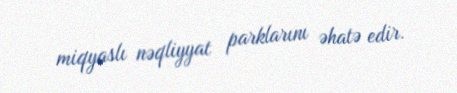
miqyaslı nəqliyyat parklarını əhatə edir.